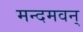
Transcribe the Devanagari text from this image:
मन्दमवन्